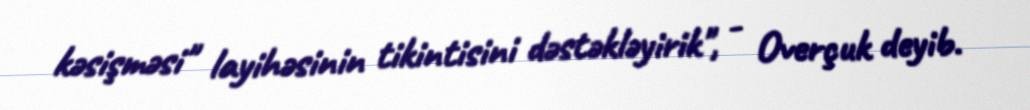
kəsişməsi" layihəsinin tikintisini dəstəkləyirik", - Overçuk deyib.